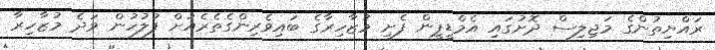
ރައްޔިތުންގެ މަޖިލިސް ދޮށުގައި އެމްޑީޕީން ފެށި މުޒާހިރާގެ ބައިވެރިންގެތެރެއަށް ފުލުހުން ވަދެ މުޒާހިރާ